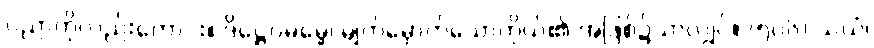
ပညာကိုလည်းကောင်း။ ဒိဋ္ဌေဝဓမ္မေ၊ မျက်မှောက်သောကိုယ်၏ အဖြစ်၌သာလျှင်။ (၅၀၆) သယံ၊